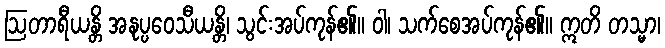
ဩတာရီယန္တိ အနုပ္ပဝေသီယန္တိ၊ သွင်းအပ်ကုန်၏။ ဝါ၊ သက်စေအပ်ကုန်၏။ ဣတိ တသ္မာ၊